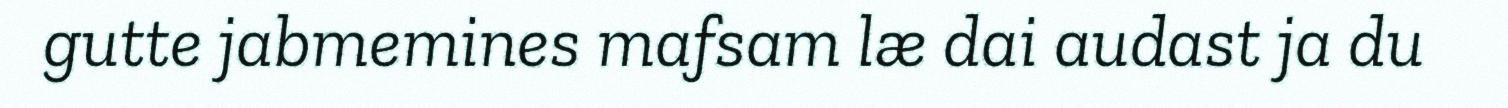
gutte jabmemines mafsam læ dai audast ja du